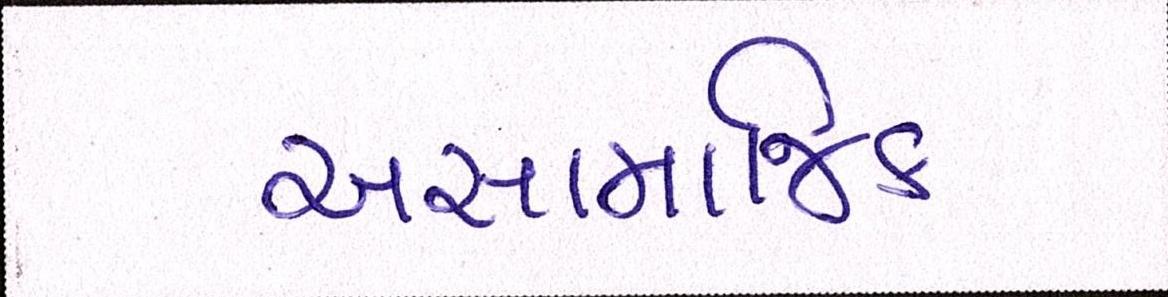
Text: અસામાજિક